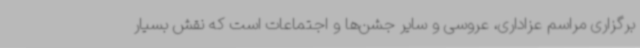
برگزاری مراسم عزاداری، عروسی و سایر جشن‌ها و اجتماعات است که نقش بسیار